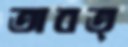
তাবত্